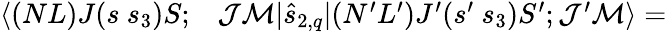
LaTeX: \begin{array}{rl}{\langle(NL)J(s~s_{3})S;}&{{}\mathcal{J}\mathcal{M}|\hat{s}_{2,q}|(N^{\prime}L^{\prime})J^{\prime}(s^{\prime}~s_{3})S^{\prime};\mathcal{J}^{\prime}\mathcal{M}\rangle=}\end{array}